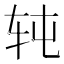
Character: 𰹸